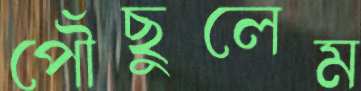
পৌঁছুলেম